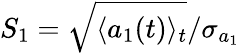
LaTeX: S_{1}=\sqrt{\langle a_{1}(t)\rangle_{t}}/\sigma_{a_{1}}